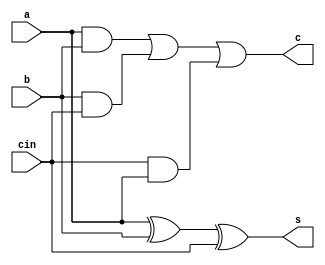
/*behavioral full adder*/

module FA_bh(s,c,a,b,cin);	
	input a,b,cin;
	output reg s,c;
	always@(*)
	begin
		s=a^b^cin;
		c=a&b|b&cin|cin&a;
	end
endmodule